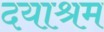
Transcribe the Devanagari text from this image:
दयाश्रम